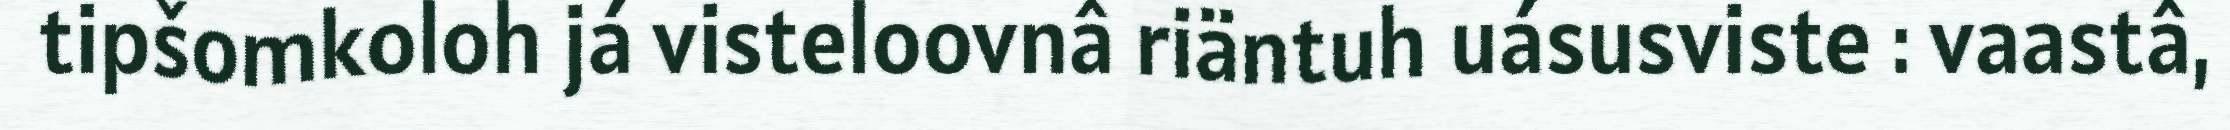
tipšomkoloh já visteloovnâ riäntuh uásusviste : vaastâ,